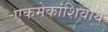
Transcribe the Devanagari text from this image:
एकमेकांशिवाय